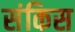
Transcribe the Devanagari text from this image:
संकिस